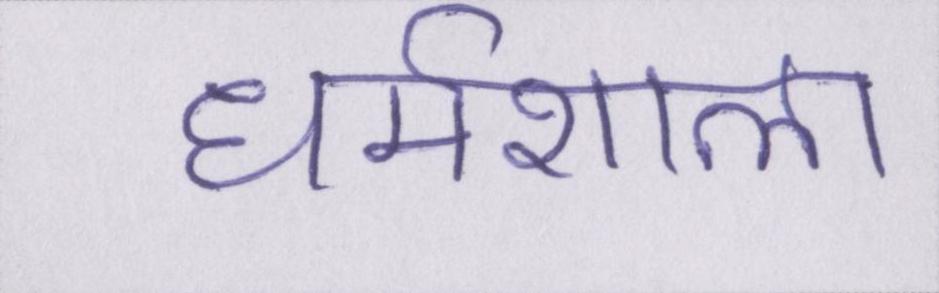
धर्मशाला